Report on vaccination in Madras 1904-1921 - 1904-1921
Year: 1904
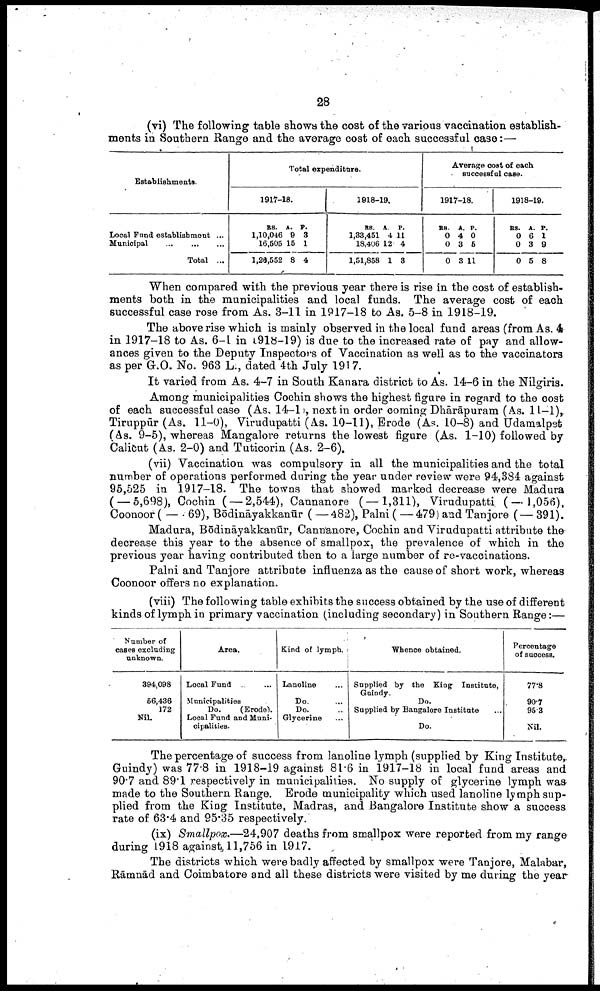
28
(vi) The following table shows the cost of the various vaccination establish
ments in Southern Range and the average cost of each successful case:—
Establishments.
Local Fund establishment ...
Municipal
...
...
Total ...
Total expenditure.
1917-18.
RS.
1,10,046
16,505
1,26,552
A.
9
15
8
P.
3
1
4
1918-19.
RS.
1,83,451
18,406
1,51,858
A.
4
12
1
P.
11
4
8
Average cost of each
successful case.
1917-18.
RS.
0
0
0
A.
4
3
3
P.
0
5
11
1918-19.
RS.
0
0
0
A.
6
3
5
P.
1
9
8
When compared with the previous year there is rise in the cost of establish
ments both in the municipalities and local funds. The average cost of each
successful case rose from As. 3-11 in 1917-18 to As. 5-8 in 1918-19.
The above rise which is mainly observed in the local fund areas (from As. 4
in 1917-18 to As. 6-1 in 1918-19) is due to the increased rate of pay and allow
ances given to the Deputy Inspectors of Vaccination as well as to the vaccinators
as per G.O. No. 963 L., dated 4th July 1917.
It varied from As. 4-7 in South Kanara district to As. 14-6 in the Nilgiris.
Among municipalities Cochin shows the highest figure in regard to the cost
of each successful case (As. 14-10, next in order coming Dhārāpuram (As. 11-l),
Tiruppūr (As. 11-0), Virudupatti (As. 10-11), Erode (As. 10-8) and Udamalpet
(As. 9-5), whereas Mangalore returns the lowest figure (As. 1-10) followed by
Calicut (As. 2-0) and Tuticorin (As. 2-6).
(vii) Vaccination was compulsory in all the municipalities and the total
number of operations performed during the year under review were 94,384 against
95,525 in 1917-18. The towns that showed marked decrease were Madura
( — 5,698), Cochin ( — 2,544), Cannanore (—1,311), Virudupatti ( — 1,056),
Coonoor ( — 69), Bōdināyakkanūr ( — 482), Palni ( — 479) and Tanjore (— 391).
Madura, Bōdināyakkanūr, Cannanore, Cochin and Virudupatti attribute the
decrease this year to the absence of smallpox, the prevalence of which in the
previous year having contributed then to a large number of re-vaccinations.
Palni and Tanjore attribute influenza as the cause of short work, whereas
Coonoor offers no explanation.
(viii) The following table exhibits the success obtained by the use of different
kinds of lymph in primary vaccination (including secondary) in Southern Range:—
Number of
cases excluding
unknown.
394,098
56,436
172
Nil.
Area.
Local Fund... ...
Municipalities
Do.
(Erode).
Local Fund and Muni
cipalities.
Kind of lymph.
Lanoline...
Do. ...
Do. ...
Glycerine...
Whence obtained.
Supplied by the King Institute,
Guindy.
Do.
Supplied by Bangalore Institute
Do.
Percentage
of success.
77.8
90.7
95.3
Nil.
The percentage of success from lanoline lymph (supplied by King Institute,
Guindy) was 77.8 in 1918-19 against 81.6 in 1917-18 in local fund areas and
90.7 and 89.1 respectively in municipalities. No supply of glycerine lymph was
made to the Southern Range. Erode municipality which used lanoline lymph sup
plied from the King Institute, Madras, and Bangalore Institute show a success
rate of 63.4 and 95.35 respectively.
(ix) Smallpox.—24,907 deaths from smallpox were reported from my range
during 1918 against 11,756 in 1917.
The districts which were badly affected by smallpox were Tanjore, Malabar,
Rāmnād and Coimbatore and all these districts were visited by me during the year